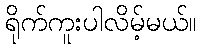
ရိုက်ကူးပါလိမ့်မယ်။